Lunatic asylums Central Provinces reports 1895-1909 - 1895-1909
Year: 1895
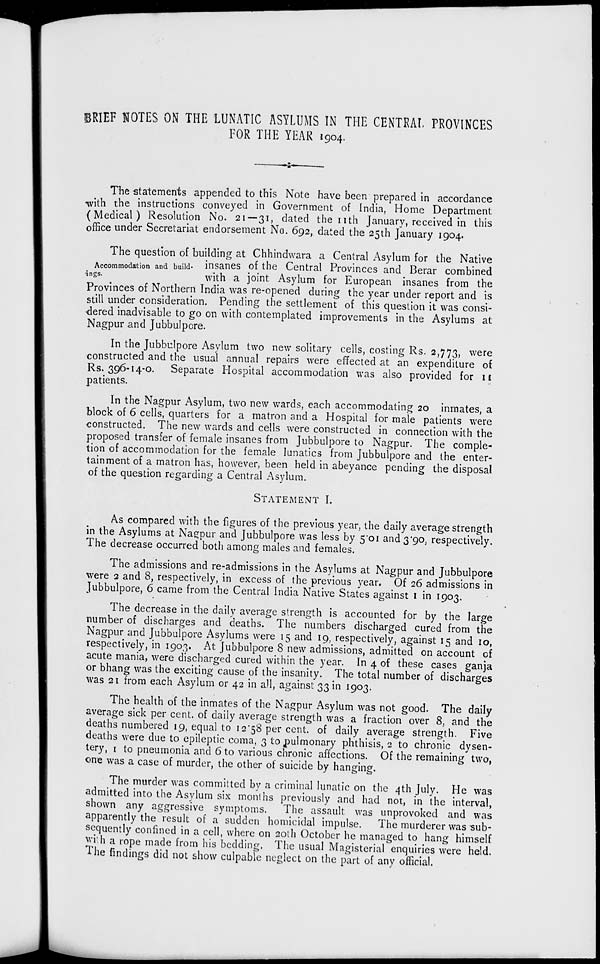
BRIEF NOTES ON THE LUNATIC ASYLUMS IN THE CENTRAL PROVINCES
FOR THE YEAR 1904.
The statements appended to this Note have been prepared in accordance
with the instructions conveyed in Government of India, Home Department
(Medical) Resolution No. 21—31, dated the 11th January, received in this
office under Secretariat endorsement No. 692, dated the 25th January 1904.
Accommodation and build-
ings.
The question of building at Chhindwara a Central Asylum for the Native
insanes of the Central Provinces and Berar combined
with a joint Asylum for European insanes from the
Provinces of Northern India was re-opened during the year under report and is
still under consideration. Pending the settlement of this question it was consi-
dered inadvisable to go on with contemplated improvements in the Asylums at
Nagpur and Jubbulpore.
In the Jubbulpore Asylum two new solitary cells, costing Rs. 2,773, were
constructed and the usual annual repairs were effected at an expenditure of
Rs. 396-14-0. Separate Hospital accommodation was also provided for 11
patients.
In the Nagpur Asylum, two new wards, each accommodating 20 inmates, a
block of 6 cells, quarters for a matron and a Hospital for male patients were
constructed. The new wards and cells were constructed in connection with the
proposed transfer of female insanes from Jubbulpore to Nagpur. The comple-
tion of accommodation for the female lunatics from Jubbulpore and the enter-
tainment of a matron has, however, been held in abeyance pending the disposal
of the question regarding a Central Asylum.
STATEMENT I.
As compared with the figures of the previous year, the daily average strength
in the Asylums at Nagpur and Jubbulpore was less by 5.01 and 3.90, respectively.
The decrease occurred both among males and females.
The admissions and re-admissions in the Asylums at Nagpur and Jubbulpore
were 2 and 8, respectively, in excess of the previous year. Of 26 admissions in
Jubbulpore, 6 came from the Central India Native States against 1 in 1903.
The decrease in the daily average strength is accounted for by the large
number of discharges and deaths. The numbers discharged cured from the
Nagpur and Jubbulpore Asylums were 15 and 19, respectively, against 15 and 10,
respectively, in 1903. At Jubbulpore 8 new admissions, admitted on account of
acute mania, were discharged cured within the year. In 4 of these cases ganja
or bhang was the exciting cause of the insanity. The total number of discharges
was 21 from each Asylum or 42 in all, against 33 in 1903.
The health of the inmates of the Nagpur Asylum was not good. The daily
average sick per cent. of daily average strength was a fraction over 8, and the
deaths numbered 19, equal to 12.58 per cent. of daily average strength. Five
deaths were due to epileptic coma, 3 to pulmonary phthisis, 2 to chronic dysen-
tery, 1 to pneumonia and 6 to various chronic affections. Of the remaining two,
one was a case of murder, the other of suicide by hanging.
The murder was committed by a criminal lunatic on the 4th July. He was
admitted into the Asylum six months previously and had not, in the interval,
shown any aggressive symptoms.
The assault was unprovoked and was
apparently the result of a sudden homicidal impulse. The murderer was sub-
sequently confined in a cell, where on 20th October he managed to hang himself
with a rope made from his bedding. The usual Magisterial enquiries were held.
The findings did not show culpable neglect on the part of any official.